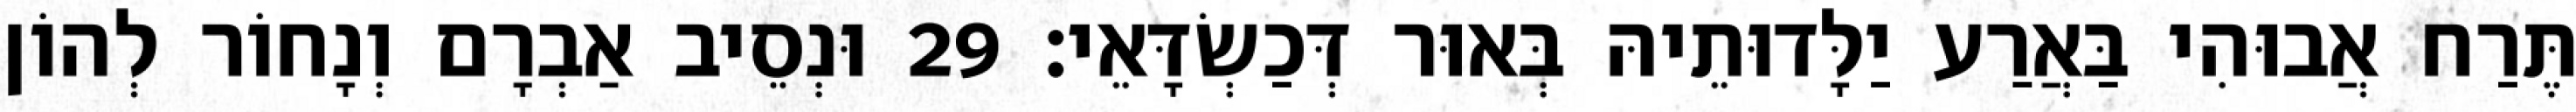
תֶּרַח אֲבוּהִי בַּאֲרַע יַלָּדוּתֵיהּ בְּאוּר דְּכַשְׂדָּאֵי׃ 29 וּנְסֵיב אַבְרָם וְנָחוֹר לְהוֹן